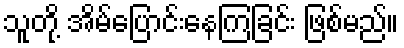
သူတို့ အိမ်ပြောင်းနေကြခြင်း ဖြစ်မည်။